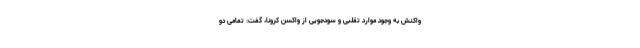
واکنش به وجود موارد تقلبی و سودجویی از واکسن کرونا، گفت: تمامی دو